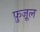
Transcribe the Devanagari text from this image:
फ़ुज़ूल